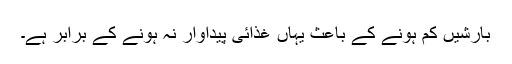
بارشیں کم ہونے کے باعث یہاں غذائی پیداوار نہ ہونے کے برابر ہے۔